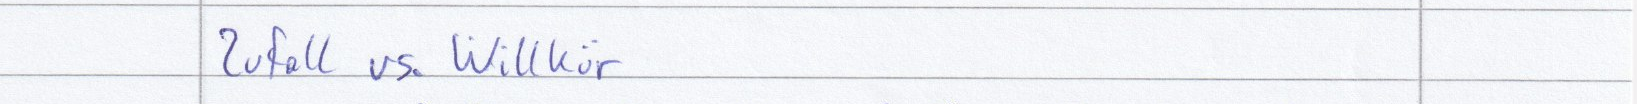
Zufall vs. Willkür